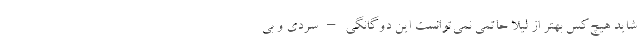
شايد هيچ‌کس بهتر از ليلا حاتمي نمي‌توانست اين دوگانگي – سردي و بي